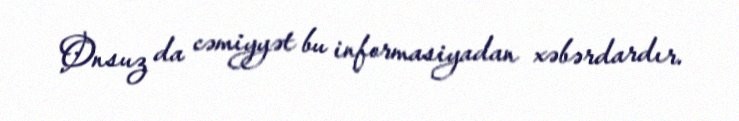
Onsuz da cəmiyyət bu informasiyadan xəbərdardır.